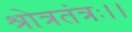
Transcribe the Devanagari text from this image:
श्रोत्रतंत्रः।।